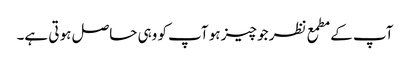
آپ کے مطمع نظر جو چیز ہو آپ کو وہی حاصل ہو تی ہے۔